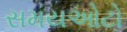
સમયઓટો